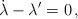
LaTeX: \begin{align*}\dot\lambda-\lambda^\prime=0\,,\end{align*}